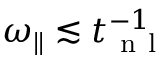
\omega _ { \parallel } \lesssim t _ { \mathrm { ~ n ~ l ~ } } ^ { - 1 }